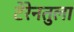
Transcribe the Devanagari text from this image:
टेरेनतुला